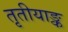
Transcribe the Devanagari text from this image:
तृतीयाङ्क